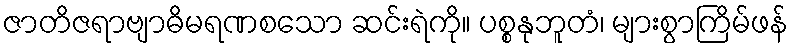
ဇာတိဇရာဗျာဓိမရဏစသော ဆင်းရဲကို။ ပစ္စနုဘူတံ၊ များစွာကြိမ်ဖန်